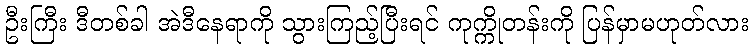
ဦးကြီး ဒီတစ်ခါ အဲဒီနေရာကို သွားကြည့်ပြီးရင် ကုက္ကိုတန်းကို ပြန်မှာမဟုတ်လား